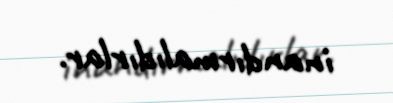
inandırmalıdırlar.